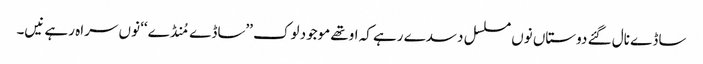
ساڈے نال گئے دوستاں نوں مسلسل دسدے رہے کہ اوتھے موجود لوک ’’ساڈے مُنڈے‘‘ نوں سراہ رہے نیں۔